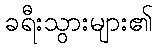
ခရီးသွားများ၏